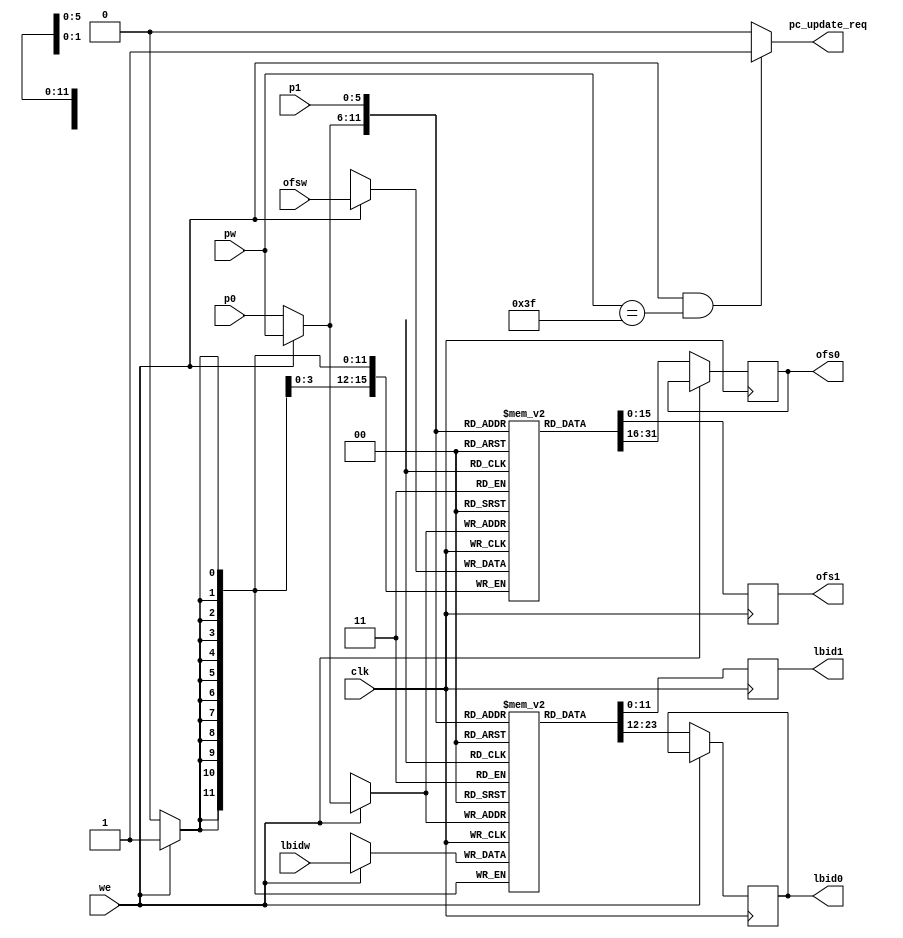
`timescale 1ns / 1ps

module PointerRegister(clk, 
	p0, p1, pw, 
	lbid0, lbid1, lbidw, 
	ofs0, ofs1, ofsw, 
	we, pc_update_req);
	input clk, we;
	input [5:0] p0, p1, pw;
	output reg [11:0] lbid0, lbid1;
	input [11:0] lbidw;
	output reg [15:0] ofs0, ofs1;
	input [15:0] ofsw;
	output pc_update_req;

	reg [11:0] lbidfile[63:0];	// 
	reg [15:0] ofsfile[63:0];
	
	wire [5:0] rwp0;
/*
	assign lbid0 = lbidfile[p0];
	assign lbid1 = lbidfile[p1];

	assign ofs0 = ofsfile[p0];
	assign ofs1 = ofsfile[p1];
*/
	assign pc_update_req = (we == 1 && pw == 6'h3f) ? 1 : 0;
	// p0 and pw
	
	assign rwp0 = (we == 1) ? pw : p0;
	
	always @ (posedge clk)
		begin
			if(we == 1) begin
				lbidfile[rwp0] <= lbidw;
				ofsfile[rwp0]  <= ofsw;
			end
			else begin
				lbid0 <= lbidfile[rwp0];
				ofs0  <= ofsfile[rwp0];
			end
		end
	// p1
	always @ (posedge clk)
		begin
			lbid1 <= lbidfile[p1];
			ofs1  <= ofsfile[p1];
		end
endmodule

`timescale 1ns / 1ps
// timescale [] / []
/*
module testbench();
	reg clk;

	reg [10:0] counter;

	// reg
	// wire
	reg [5:0] r0, r1, rw;
	reg we;

	reg [31:0] dw;

	wire [31:0] d0, d1;

	ireg ir(clk, r0, r1, rw, d0, d1, dw, we);

	initial
	begin
		// 
		// 
		$dumpfile("ireg.vcd");
		$dumpvars(0, testbench);

		we = 1; rw = 0; dw = 3; #2

		r0 = 0; #1;
		r0 = 1; #1;
		r0 = 2; #1;
		r0 = 3; #1;
		r0 = 4; #1;
		r0 = 5; #1;

		$display ("Simulation end");
		$finish;
	end

	always	// 
	begin
		// 
		// #1; 1
		clk <= 0; #1;
		clk <= 1; #1;
	end

	always @ (posedge clk)
	begin

	end

endmodule
*/